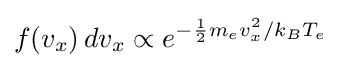
f(v_{x})\,dv_{x}\propto e^{-{\frac {1}{2}}m_{e}v_{x}^{2}/k_{B}T_{e}}